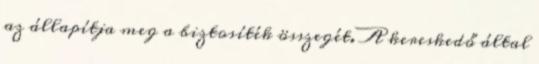
az állapítja meg a biztosíték összegét. A kereskedő által